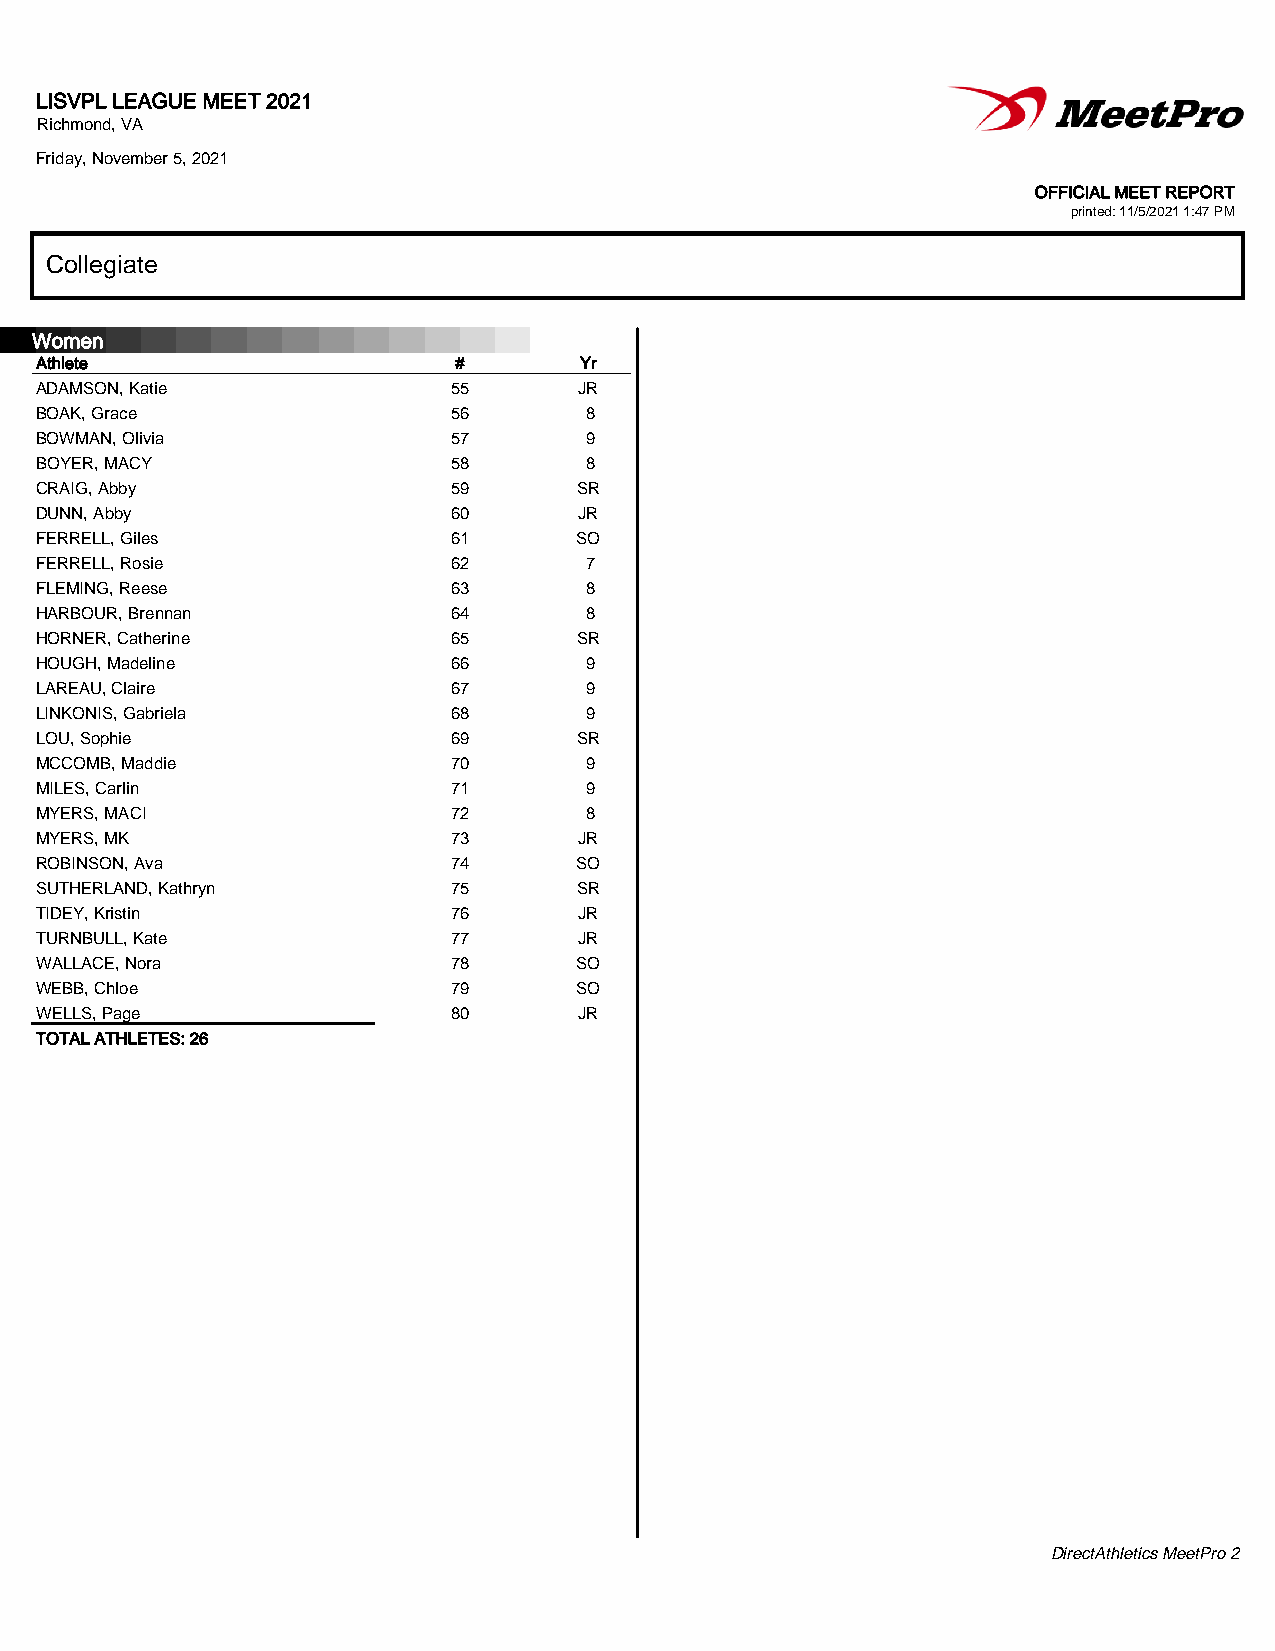
LISVPL LEAGUE MEET 2021
 Richmond, VA
 Friday, November 5, 2021
 OFFICIAL MEET REPORT
 printed: 11/5/2021 1:47 PM
 CCoolllleeggiiaattee
 Women
 Athlete                     #       Yr
 ADAMSON, Katie              55      JR
 BOAK, Grace                 56       8
 BOWMAN, Olivia              57       9
 BOYER, MACY                 58       8
 CRAIG, Abby                 59      SR
 DUNN, Abby                  60      JR
 FERRELL, Giles              61      SO
 FERRELL, Rosie              62       7
 FLEMING, Reese              63       8
 HARBOUR, Brennan            64       8
 HORNER, Catherine           65      SR
 HOUGH, Madeline             66       9
 LAREAU, Claire              67       9
 LINKONIS, Gabriela          68       9
 LOU, Sophie                 69      SR
 MCCOMB, Maddie              70       9
 MILES, Carlin               71       9
 MYERS, MACI                 72       8
 MYERS, MK                   73      JR
 ROBINSON, Ava               74      SO
 SUTHERLAND, Kathryn         75      SR
 TIDEY, Kristin              76      JR
 TURNBULL, Kate              77      JR
 WALLACE, Nora               78      SO
 WEBB, Chloe                 79      SO
 WELLS, Page                 80      JR
 TOTAL ATHLETES: 26
 DirectAthletics MeetPro 2